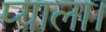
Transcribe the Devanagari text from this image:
प्याला।